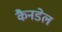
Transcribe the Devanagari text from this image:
कैनडेल